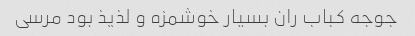
جوجه کباب ران بسیار خوشمزه و لذیذ بود مرسی